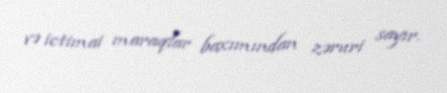
və ictimai maraqlar baxımından zəruri sayır.